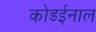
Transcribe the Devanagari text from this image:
कोडईनाल